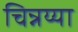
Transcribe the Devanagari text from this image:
चिन्नय्या